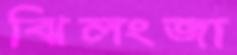
ঝিলংজা